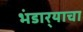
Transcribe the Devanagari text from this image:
भंडार्‍याचा